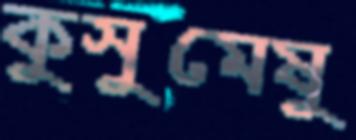
কুসুমেষু